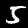
Digit: 5